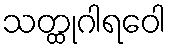
သတ္ထုဂါရဝေါ